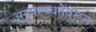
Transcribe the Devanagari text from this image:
अनुपल्ब्धतेवरून